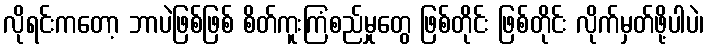
လိုရင်းကတော့ ဘာပဲဖြစ်ဖြစ် စိတ်ကူးကြံစည်မှုတွေ ဖြစ်တိုင်း ဖြစ်တိုင်း လိုက်မှတ်ဖို့ပါပဲ၊